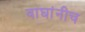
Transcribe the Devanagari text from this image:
वाघांनीच